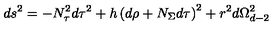
d s ^ { 2 } = - N _ { \tau } ^ { 2 } d \tau ^ { 2 } + h \left( d \rho + N _ { \Sigma } d \tau \right) ^ { 2 } + r ^ { 2 } d \Omega _ { d - 2 } ^ { 2 }